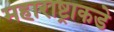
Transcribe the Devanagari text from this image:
महाराष्ट्राकडे